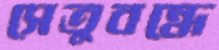
সেতুবন্ধে